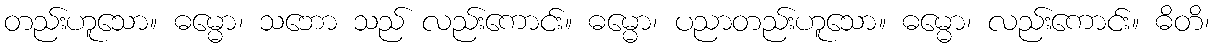
တည်းဟူသော။ ဓမ္မော၊ သဘော သည် လည်းကောင်း။ ဓမ္မော၊ ပညာတည်းဟူသော။ ဓမ္မော၊ လည်းကောင်း။ ဓိတိ၊